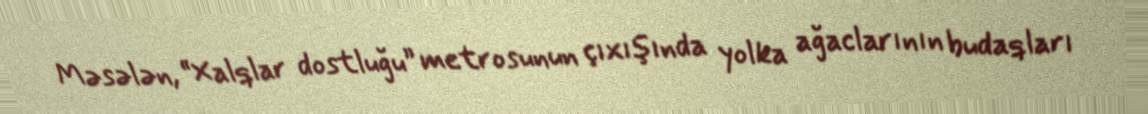
Məsələn, “Xalqlar dostluğu” metrosunun çıxışında yolka ağaclarının budaqları